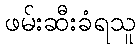
ဖမ်းဆီးခံရသူ